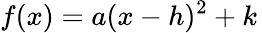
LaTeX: f(x)=a(x-h)^{2}+k\,